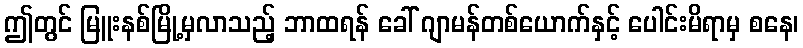
ဤတွင် မြူးနစ်မြို့မှလာသည့် ဘာထရန် ခေါ် ဂျာမန်တစ်ယောက်နှင့် ပေါင်းမိရာမှ စနေ၊